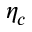
\eta _ { c }